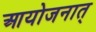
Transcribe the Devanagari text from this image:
आयोजनात्